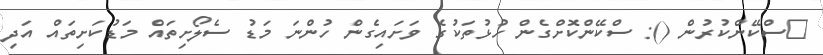
ސްކޭންކުރުން (): ސްކޭންކޮށްގެން ހުޅުތަކުގެ ވަށައިގެން ހުންނަ މަޑު ސެލޯށިތައް މަޑުކަށިތައް އަދި